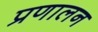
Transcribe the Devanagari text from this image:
प्रणालन